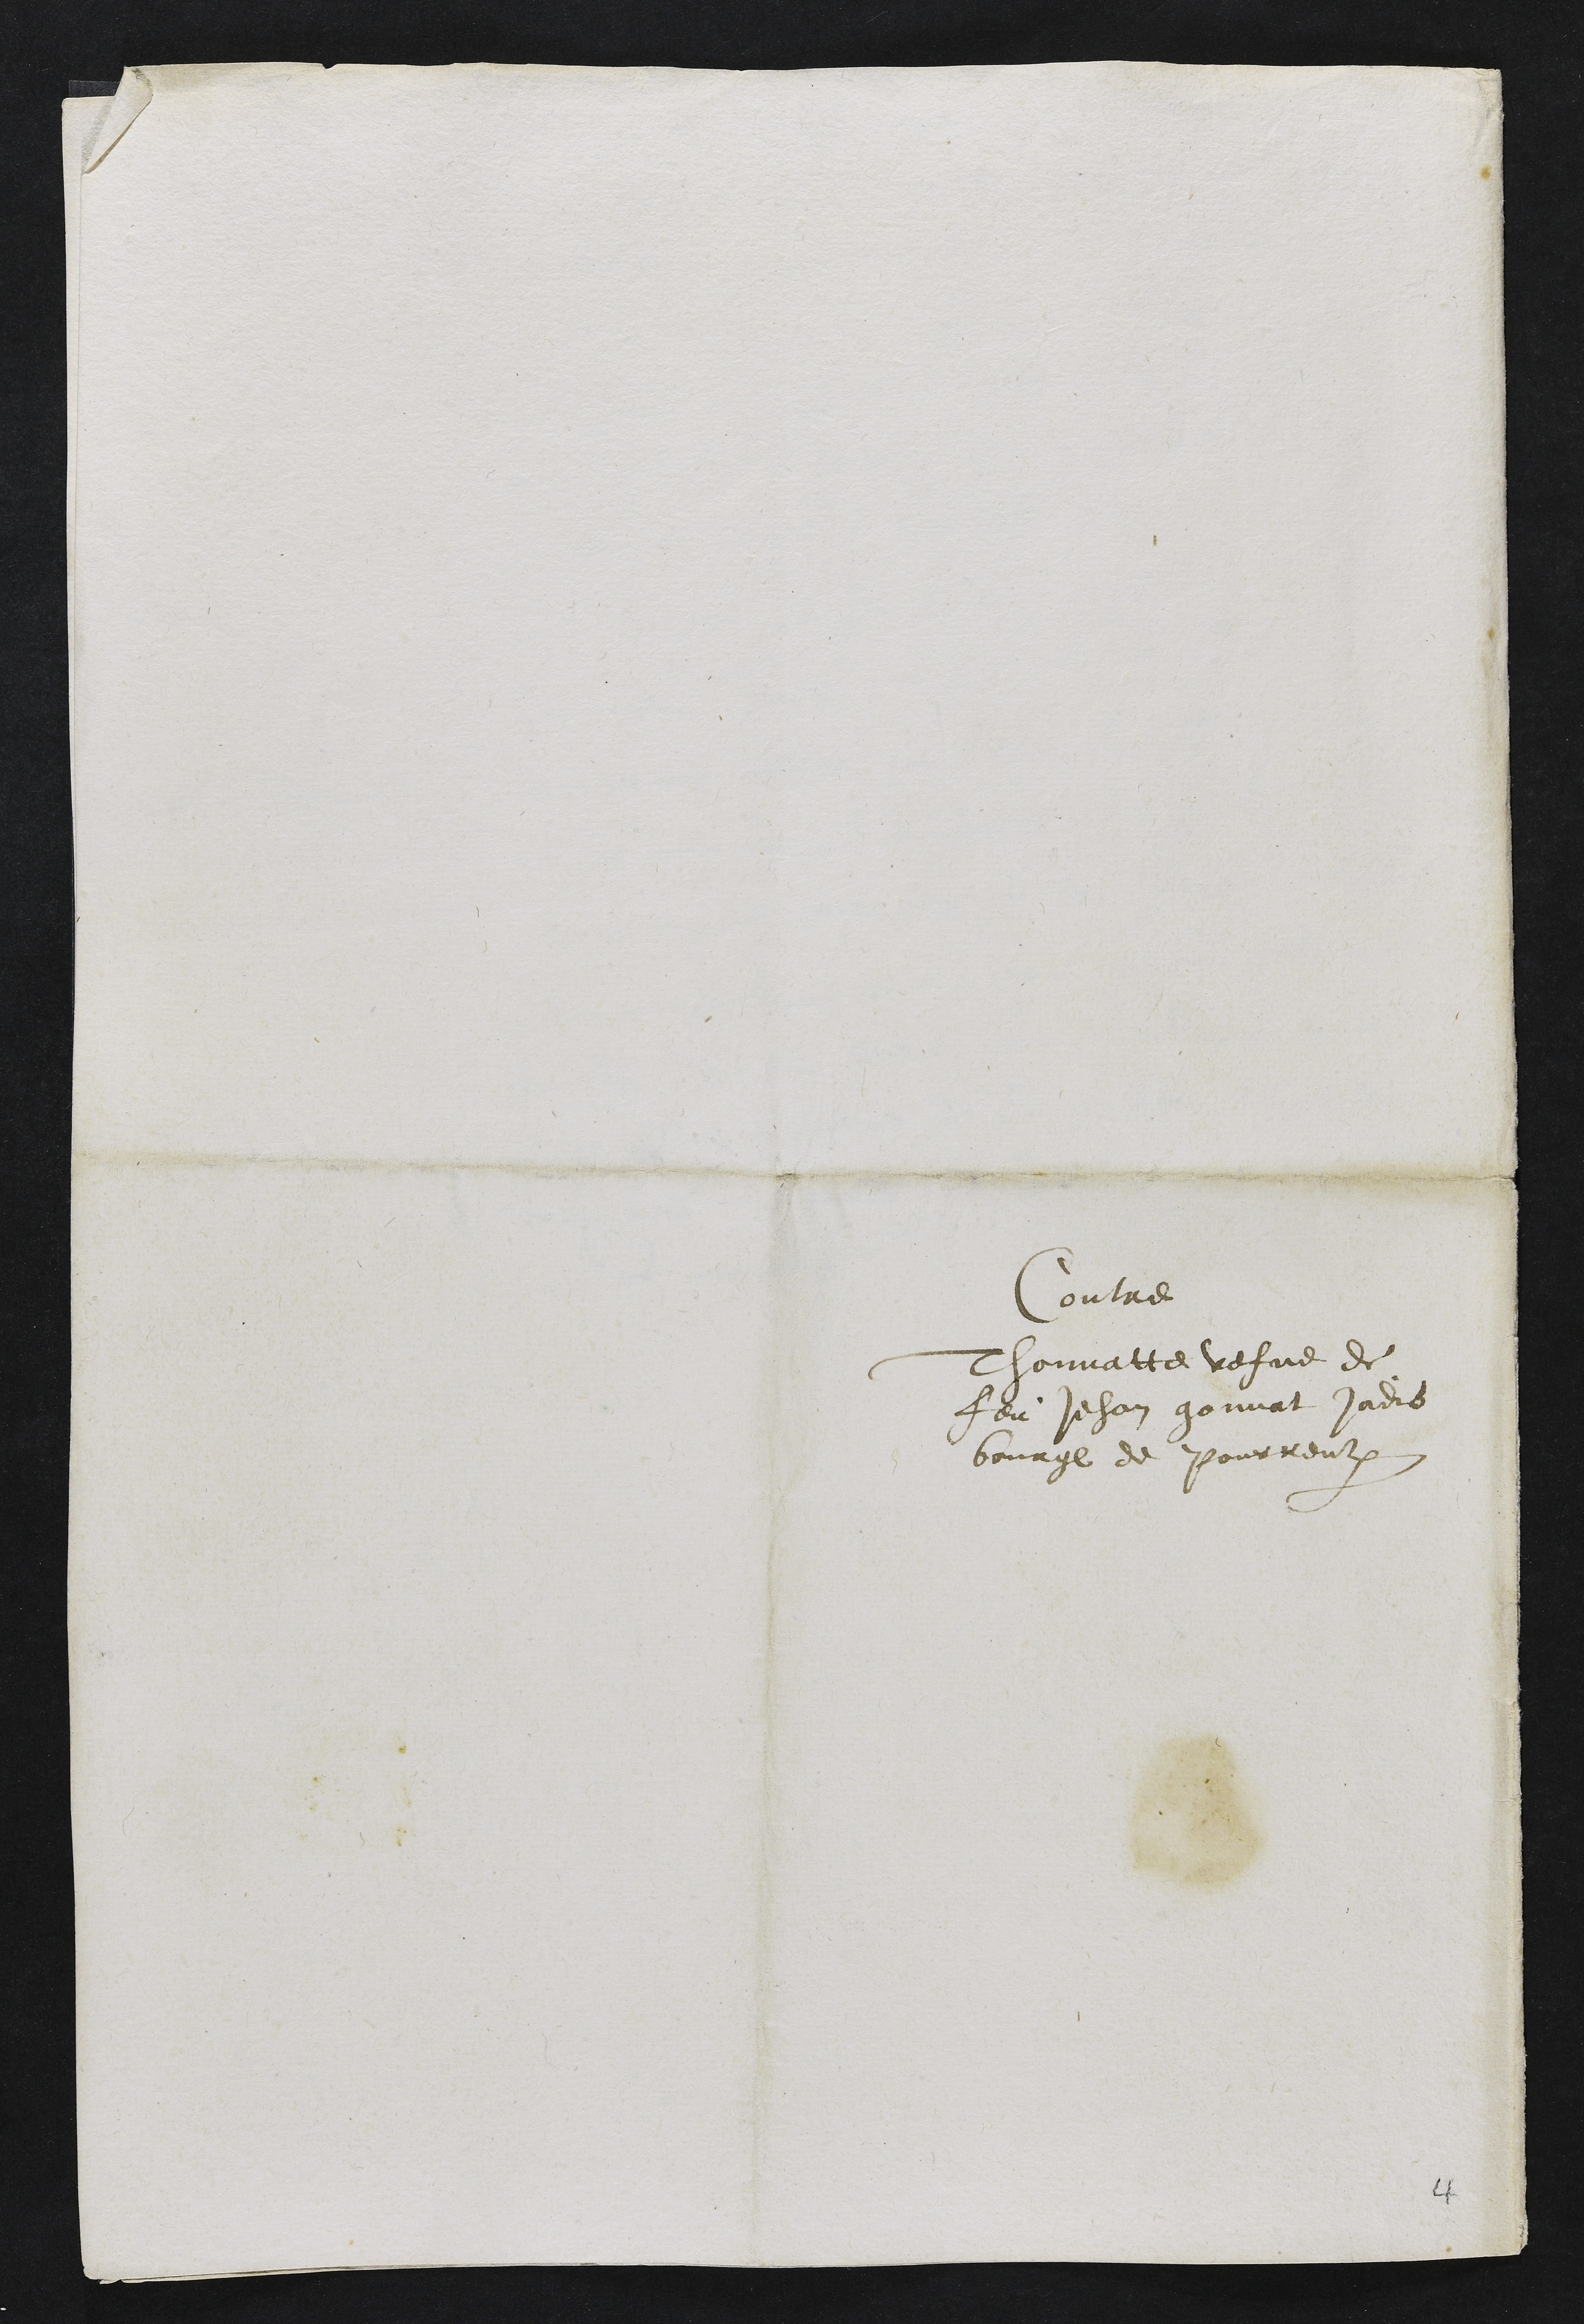
Contre
Thonnatte vefve de
feu Jehan gonnat Jadis
bourgeois de Pourrentruy
4